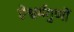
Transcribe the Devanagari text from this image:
ऐश्वर्यगुणों